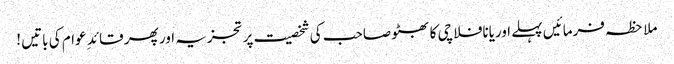
ملاحظہ فرمائیں پہلے اوریانافلاچی کا بھٹو صاحب کی شخصیت پر تجزیہ اور پھر قائد ِ عوام کی باتیں !